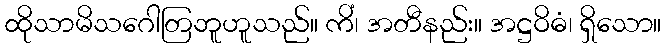
ထိုသာမိသဂေါတြဘူဟူသည်။ ကိံ၊ အတီနည်း။ အဋ္ဌဝိဓံ၊ ရှိသော။